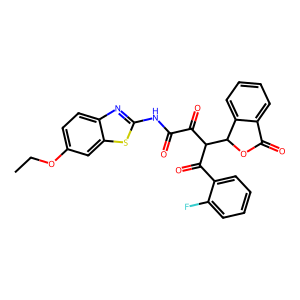
SMILES: CCOc1ccc2nc(NC(=O)C(=O)C(C(=O)c3ccccc3F)C3OC(=O)c4ccccc43)sc2c1
Inhibits HIV replication: No